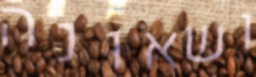
ושאונה